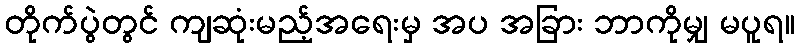
တိုက်ပွဲတွင် ကျဆုံးမည့်အရေးမှ အပ အခြား ဘာကိုမျှ မပူရ။